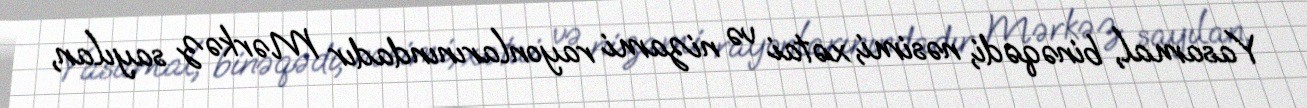
Yasamal, binəqədi, nəsimi, xətai və nizami rayonlarınındadır Mərkəz sayılan,